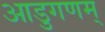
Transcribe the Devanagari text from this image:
आडुगणम्